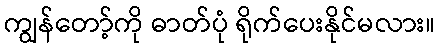
ကျွန်တော့်ကို ဓာတ်ပုံ ရိုက်ပေးနိုင်မလား။